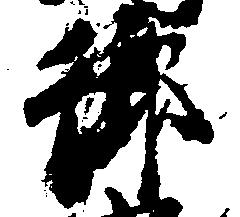
御